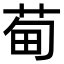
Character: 䓒